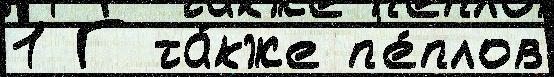
1 Г та́кже п'е́плов